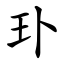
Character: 㺪